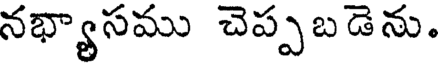
నభ్యాసము చెప్పబడెను.